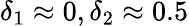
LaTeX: \delta_{1}\approx 0,\delta_{2}\approx 0.5